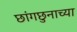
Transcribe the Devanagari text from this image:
छांगछुनाच्या